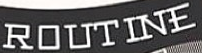
ROUTINE